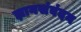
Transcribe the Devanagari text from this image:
ज्ञानसंबंदन